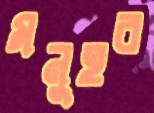
মনুহর